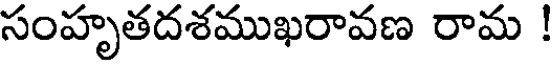
సంహృతదశముఖరావణ రామ !